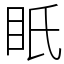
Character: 眂